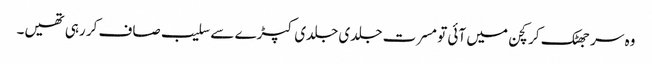
وہ سر جھٹک کر کچن میں آئی تو مسرت جلدی جلدی کپڑے سے سلیب صاف کر رہی تھیں۔